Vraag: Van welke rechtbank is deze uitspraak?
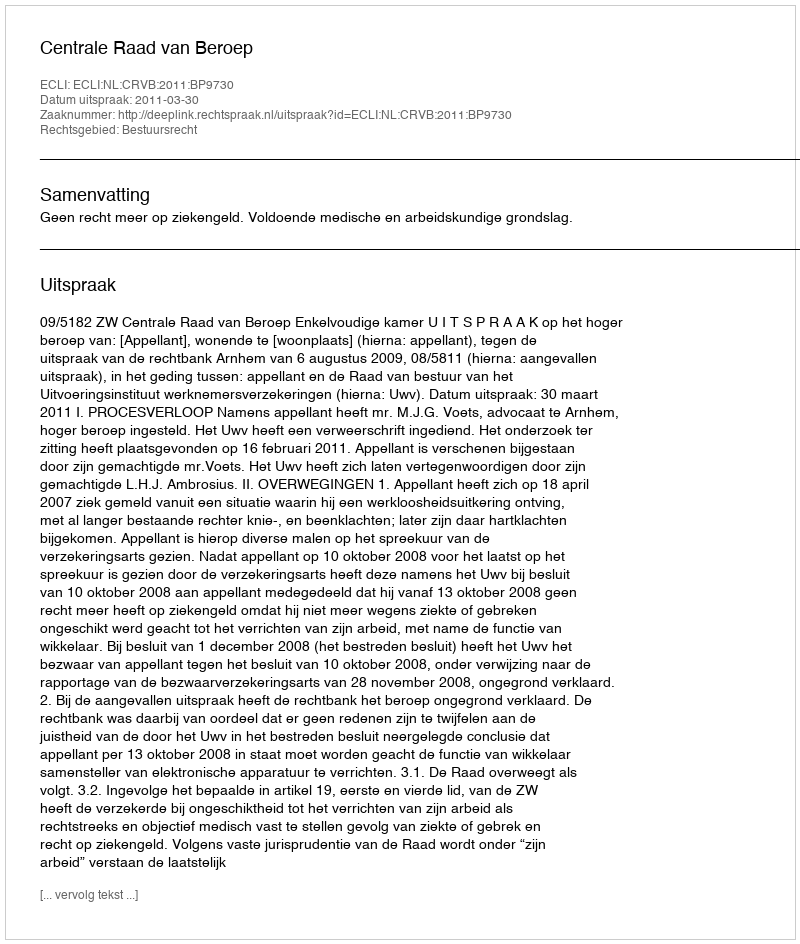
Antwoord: Centrale Raad van Beroep